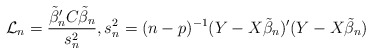
\begin{align*}\mathcal{L}_n= \frac{\tilde{\beta}_n'C\tilde{\beta}_n}{s^2_n}, s^2_n = (n-p)^{-1} (Y-X\tilde{\beta}_n)'(Y-X\tilde{\beta}_n)\end{align*}